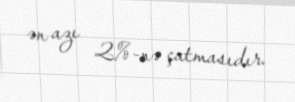
ən azı 2%-nə çatmasıdır.